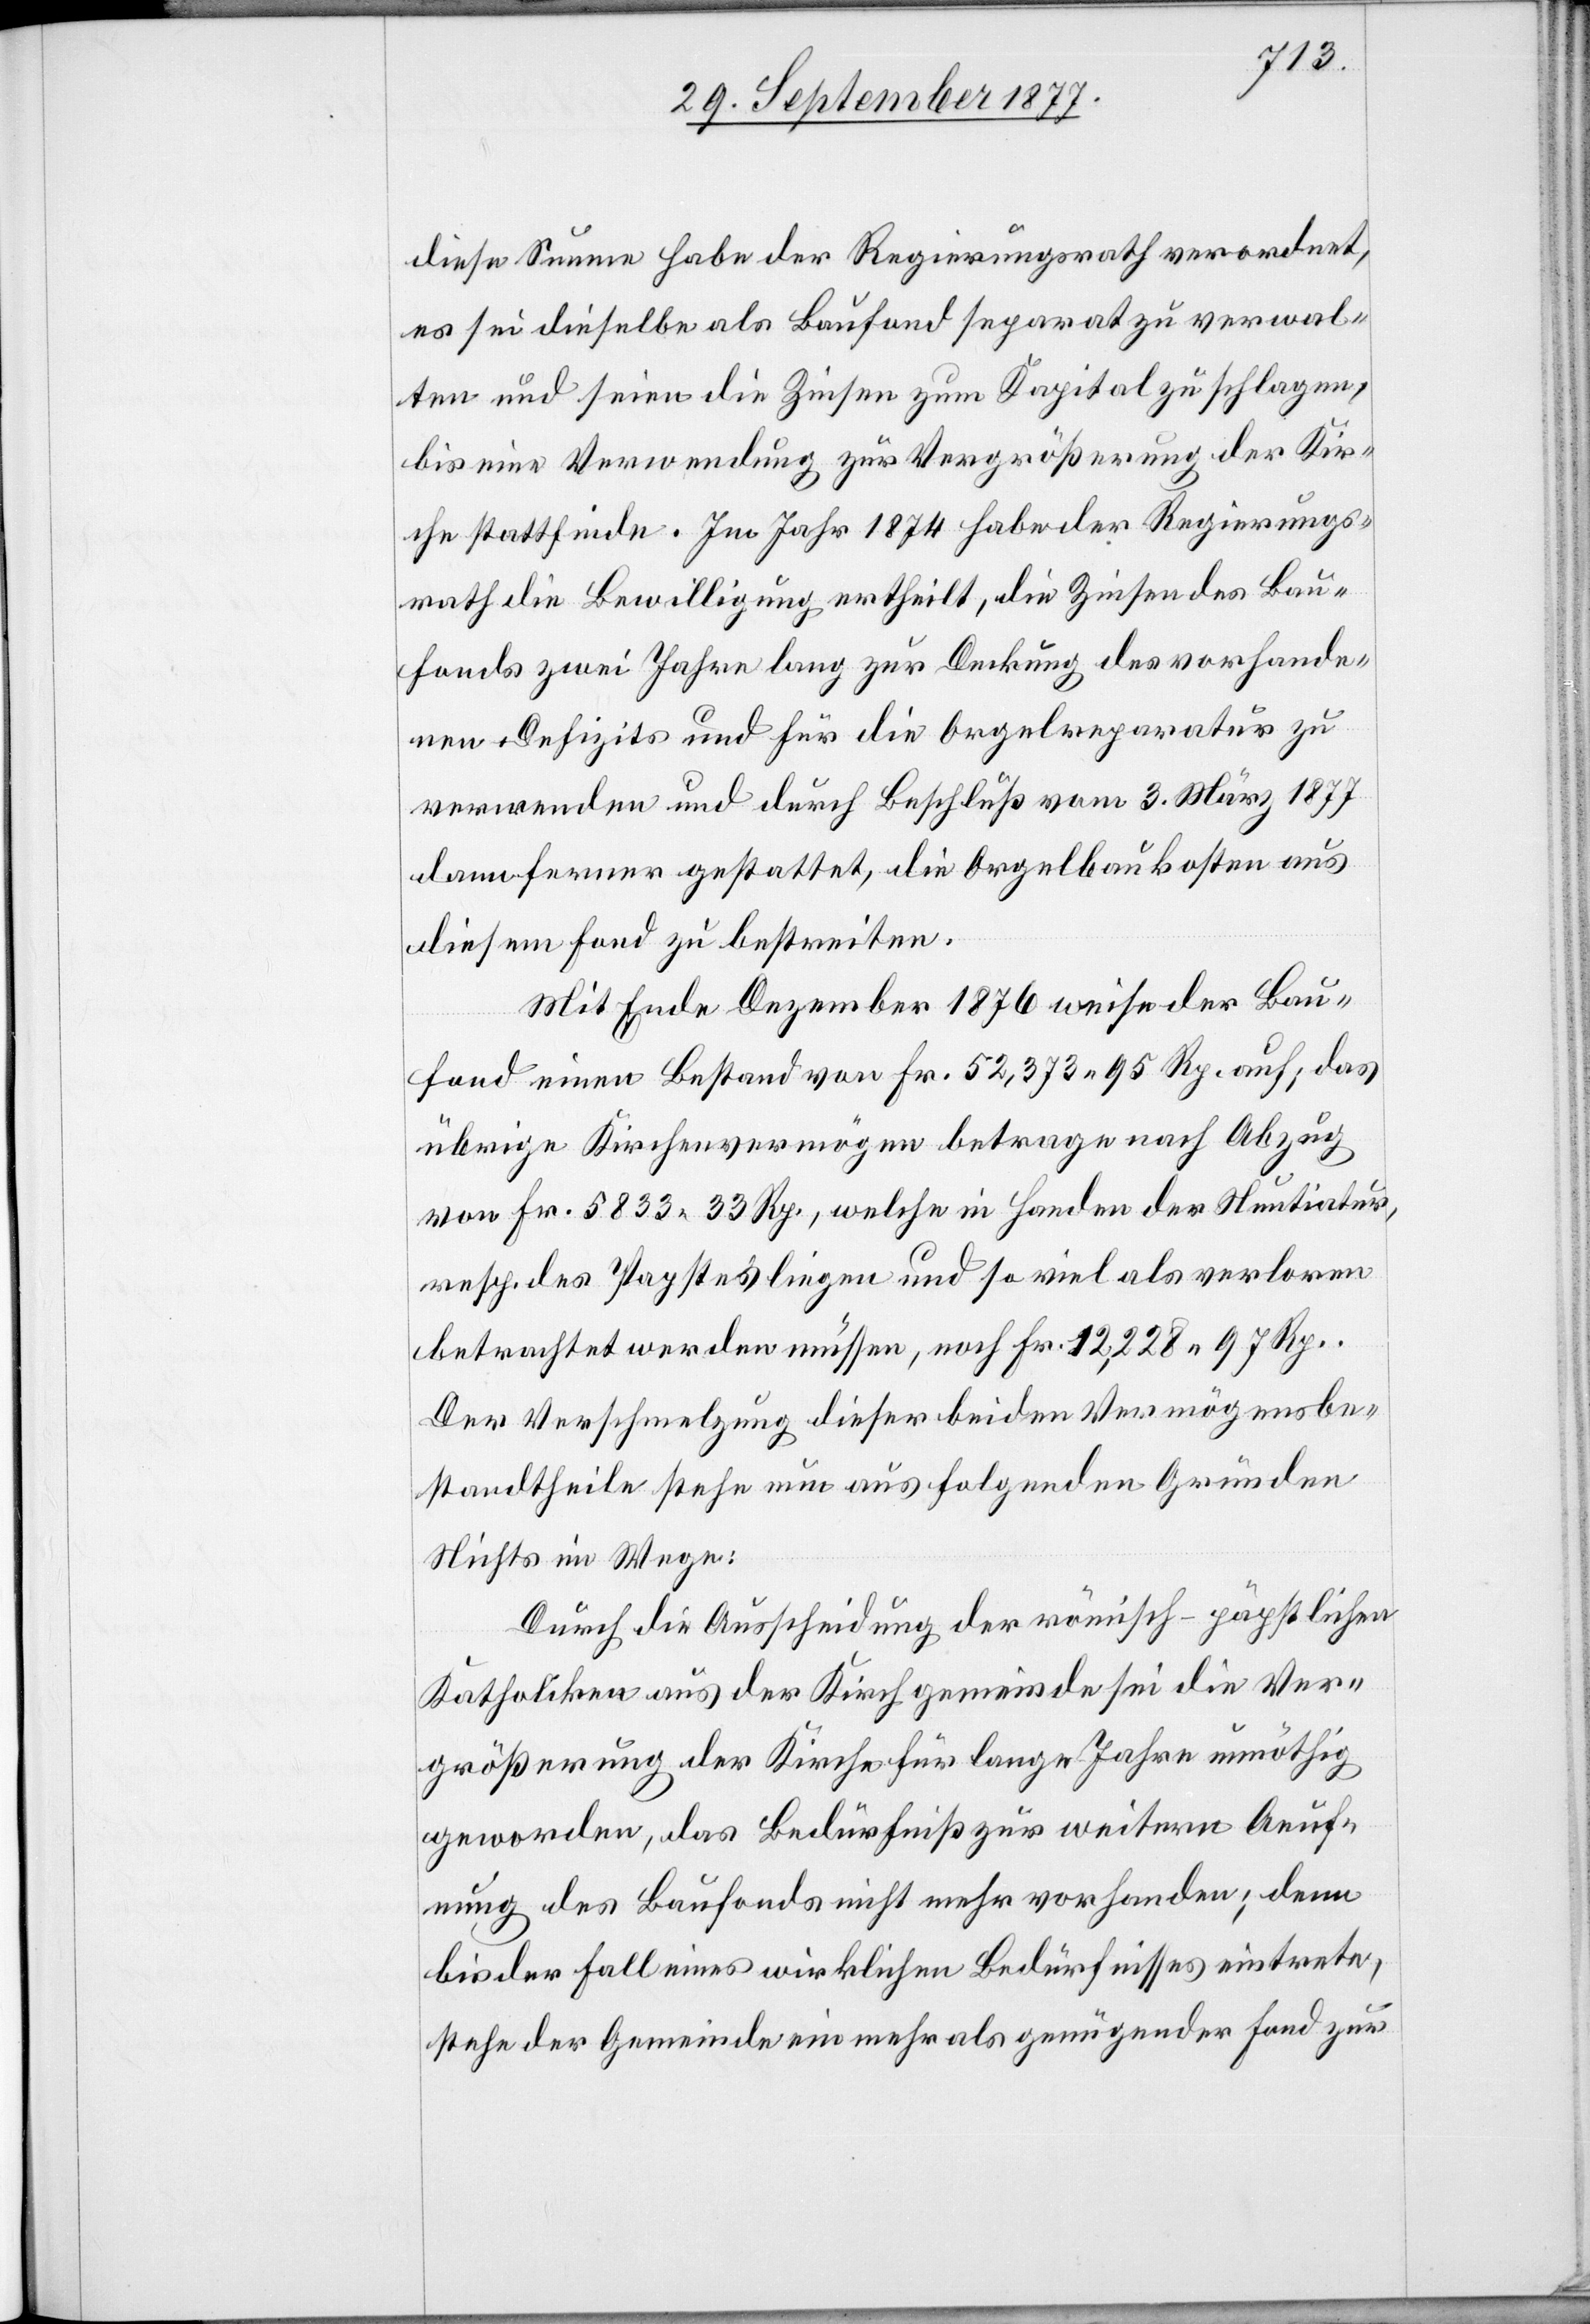
diese Summe habe der Regierungsrath verordnet,
es sei dieselbe als Baufond separat zu verwal¬
ten und seien die Zinsen zum Kapital zu schlagen,
bis eine Verwendung zur Vergrößerung der Kir¬
che stattfinde. Im Jahr 1874 habe der Regierungs¬
rath die Bewilligung ertheilt, die Zinsen des Bau¬
fonds zwei Jahre lang zur Deckung des vorhande¬
nen Defizits und für die Orgelreparatur zu
verwenden und durch Beschluß vom 3. März 1877
dann ferner gestattet, die Orgelbaukosten aus
diesem Fond zu bestreiten.
Mit Ende Dezember 1876 weise der Bau¬
fond einen Bestand von Fr. 52,373 95 Rp. auf; das
übrige Kirchenvermögen betrage nach Abzug
von Fr. 5833 33 Rp., welche in Handen der Nuntiatur,
resp. des Papstes liegen und so viel als verloren
betrachtet werden müssen, noch Fr. 12,228 97 Rp.
Der Verschmelzung dieser beiden Vermögensbe¬
standtheile stehe nun aus folgenden Gründen
Nichts im Wege:
Durch die Ausscheidung der römisch-päpstlichen
Katholiken aus der Kirchgemeinde sei die Ver¬
größerung der Kirche für lange Jahre unnöthig
geworden, das Bedürfniß zur weitern Aeuf¬
nung des Baufonds nicht mehr vorhanden; denn
bis der Fall eines wirklichen Bedürfnisses eintrete,
stehe der Gemeinde ein mehr als genügender Fond zur